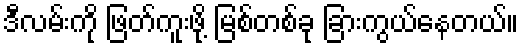
ဒီလမ်းကို ဖြတ်ကူးဖို့ မြစ်တစ်ခု ခြားကွယ်နေတယ်။